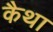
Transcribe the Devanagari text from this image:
कैथा